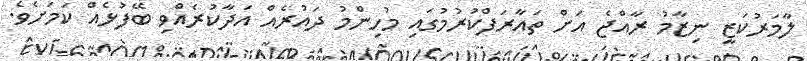
ލާމަރުކަޒީ ނިޒާމު ރާއްޖެ އަށް ތައާރަފްކުރުމުގައި މުހިންމު ދައުރެއް އަދާކުރެއްވި ބޭފުޅެއް ކަމަށެވެ.